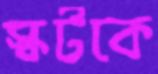
স্কটকে